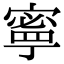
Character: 𫝱